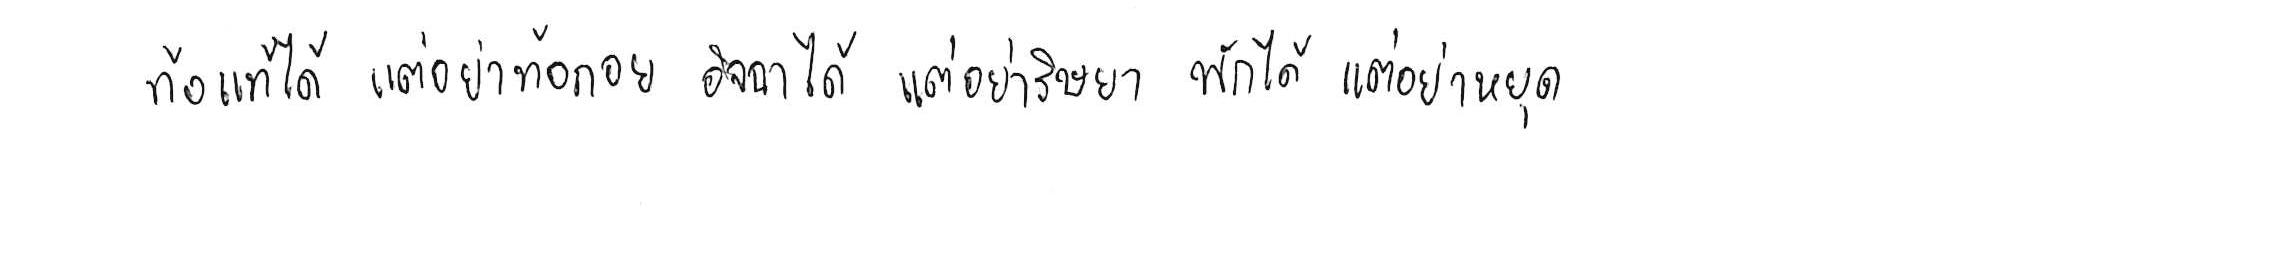
ท้อแท้ได้ แต่อย่าท้อถอย อิจฉาได้ แต่อย่าริษยา พักได้ แต่อย่าหยุด